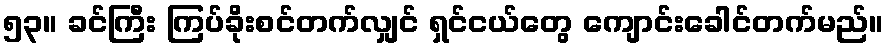
၅၃။ ခင်ကြီး ကြပ်ခိုးစင်တက်လျှင် ရှင်ငယ်တွေ ကျောင်းခေါင်တက်မည်။